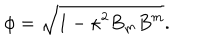
LaTeX: \phi = \sqrt { 1 - \kappa ^ { 2 } B _ { m } B ^ { m } } .